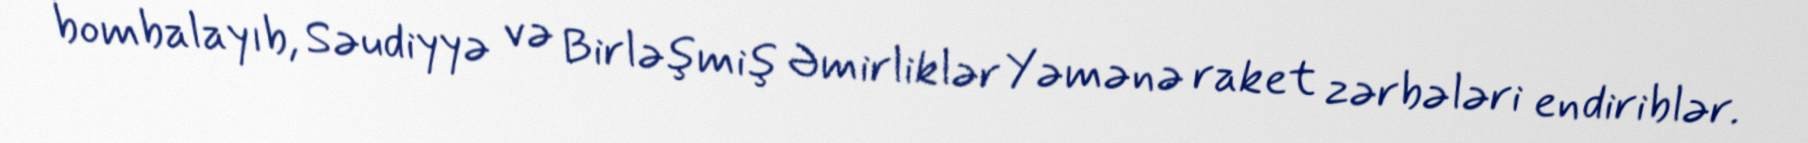
bombalayıb, Səudiyyə və Birləşmiş Əmirliklər Yəmənə raket zərbələri endiriblər.